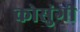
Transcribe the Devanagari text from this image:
कोसुंगी